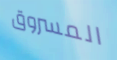
المسروق